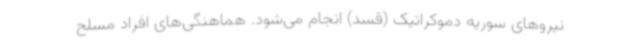
نیروهای سوریه دموکراتیک (قسد) انجام می‌شود. هماهنگی‌های افراد مسلح